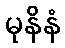
မုနိနံ